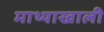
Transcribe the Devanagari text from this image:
माथ्याखाली